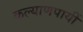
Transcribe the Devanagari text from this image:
कल्याणपायीं